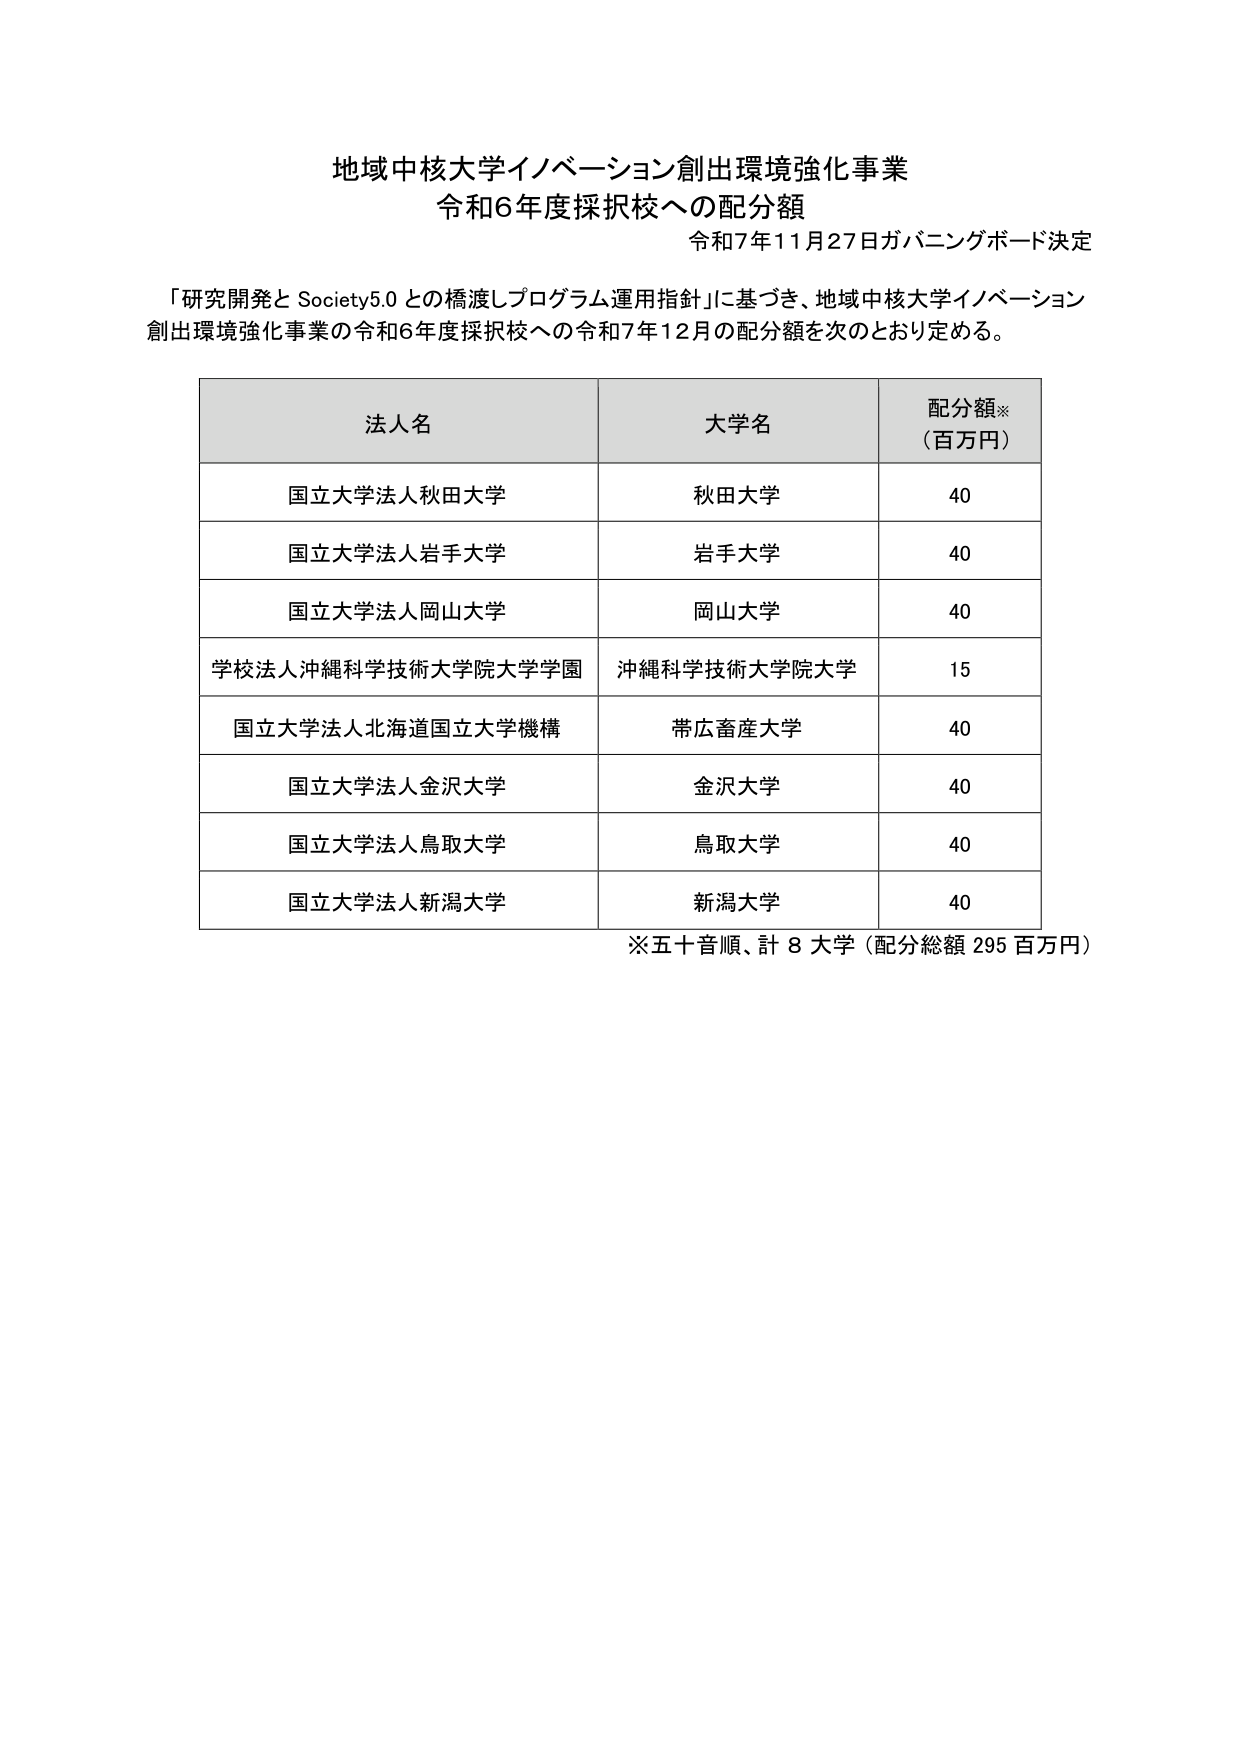
地域中核大学イノベーション創出環境強化事業
令和6年度採択校への配分額
令和7年11月27日ガバニングボード決定

「研究開発とSociety5.0との橋渡しプログラム運用指針」に基づき、地域中核大学イノベーション創出環境強化事業の令和6年度採択校への令和7年12月の配分額を次のとおり定める。

| 法人名 | 大学名 | 配分額※（百万円） |
|--------|--------|------------------|
| 国立大学法人秋田大学 | 秋田大学 | 40 |
| 国立大学法人岩手大学 | 岩手大学 | 40 |
| 国立大学法人岡山大学 | 岡山大学 | 40 |
| 学校法人沖縄科学技術大学院大学学園 | 沖縄科学技術大学院大学 | 15 |
| 国立大学法人北海道国立大学機構 | 帯広畜産大学 | 40 |
| 国立大学法人金沢大学 | 金沢大学 | 40 |
| 国立大学法人鳥取大学 | 鳥取大学 | 40 |
| 国立大学法人新潟大学 | 新潟大学 | 40 |

※五十音順、計8大学（配分総額295百万円）